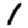
Digit: 1